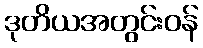
ဒုတိယအတွင်းဝန်